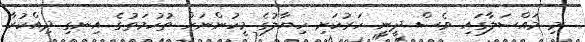
މި މައްސަލާގައި ވެސް ދީނީ ހަރުކަށި ހިޔާލުގެ މީހުންނަށް ތުހުމަތުގެ އިނގި ދިއްކުރާ